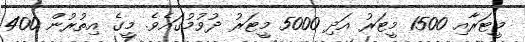
މީޓަރާއި 1500 މީޓަރު އަދި 5000 މީޓަރު ދުވުމުގައެވެ. މީގެ އިތުރުން 400